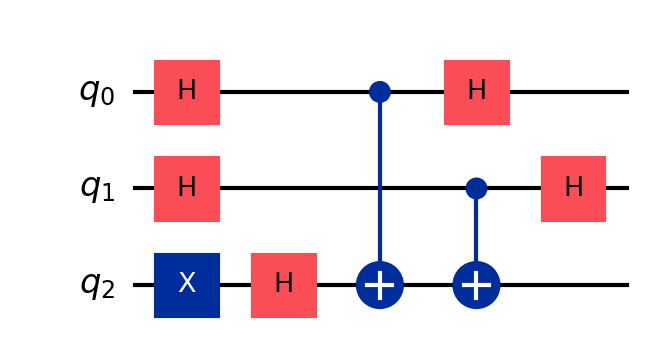
Description: Deutsch-Jozsa algorithm (2-bit): constant vs balanced
描述: Deutsch-Jozsa算法（2比特）：常数vs平衡
Category: classical_algorithms (difficulty: advanced)
Qubits: 3, circuit depth: 5

Braket implementation:
from braket.circuits import Circuit
circuit = Circuit()
circuit.x(2).h(0).h(1).h(2)
circuit.cnot(0, 2).cnot(1, 2)
circuit.h(0).h(1)

Qiskit implementation:
from qiskit import QuantumCircuit
circuit = QuantumCircuit(3)
circuit.x(2).h(0).h(1).h(2)
circuit.cx(0, 2).cx(1, 2)
circuit.h(0).h(1)